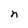
Character: n